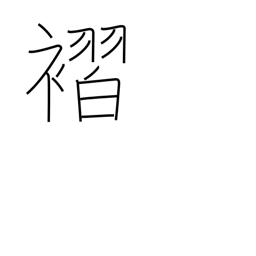
Meaning: pleats